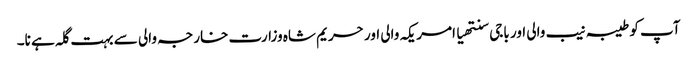
آپ کو طیبہ نیب والی اور باجی سنتھیا امریکہ والی اور حریم شاہ وزارت خارجہ والی سے بہت گلہ ہے نا۔